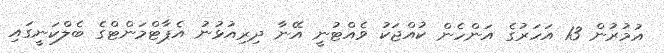
އުމުރުން 13 އަހަރުގެ އަންހެން ކުއްޖަކު ވެއްޓުނީ އޭނާ ދިރިއުޅުނު އެޕާޓްމަންޓްގެ ބެލްކަނީގައި